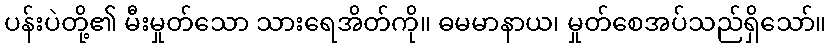
ပန်းပဲတို့၏ မီးမှုတ်သော သားရေအိတ်ကို။ ဓမမာနာယ၊ မှုတ်စေအပ်သည်ရှိသော်။